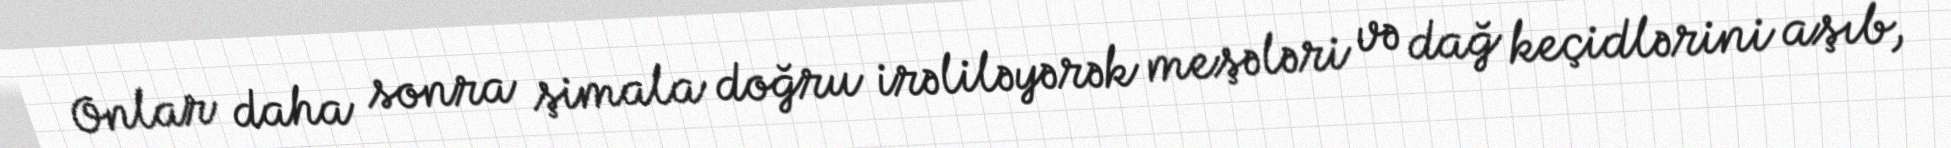
Onlar daha sonra şimala doğru irəliləyərək meşələri və dağ keçidlərini aşıb,